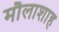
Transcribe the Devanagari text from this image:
मौलाशाह